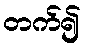
တက်၍